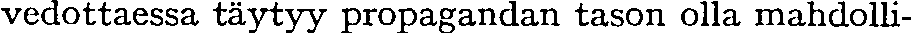
vedottaessa täytyy propagandan tason olla mahdolli-